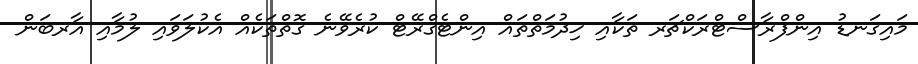
މައިގަނޑު އިންފްރާސްޓްރަކްޗަރ ތަކާއި ޚިދުމަތްތައް އިންޓެގްރޭޓް ކުރެވޭނެ ގޮތްތަކެއް އެކުލަވައި ލުމާއި އާރބަން